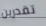
تقدرين